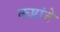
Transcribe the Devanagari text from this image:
कष्टांचे